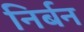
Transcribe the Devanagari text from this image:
निर्बन